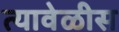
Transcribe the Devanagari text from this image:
त्यावेळीस